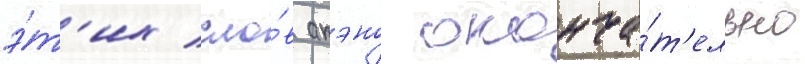
э́т'их сло́в акэно оконча́т'ельно